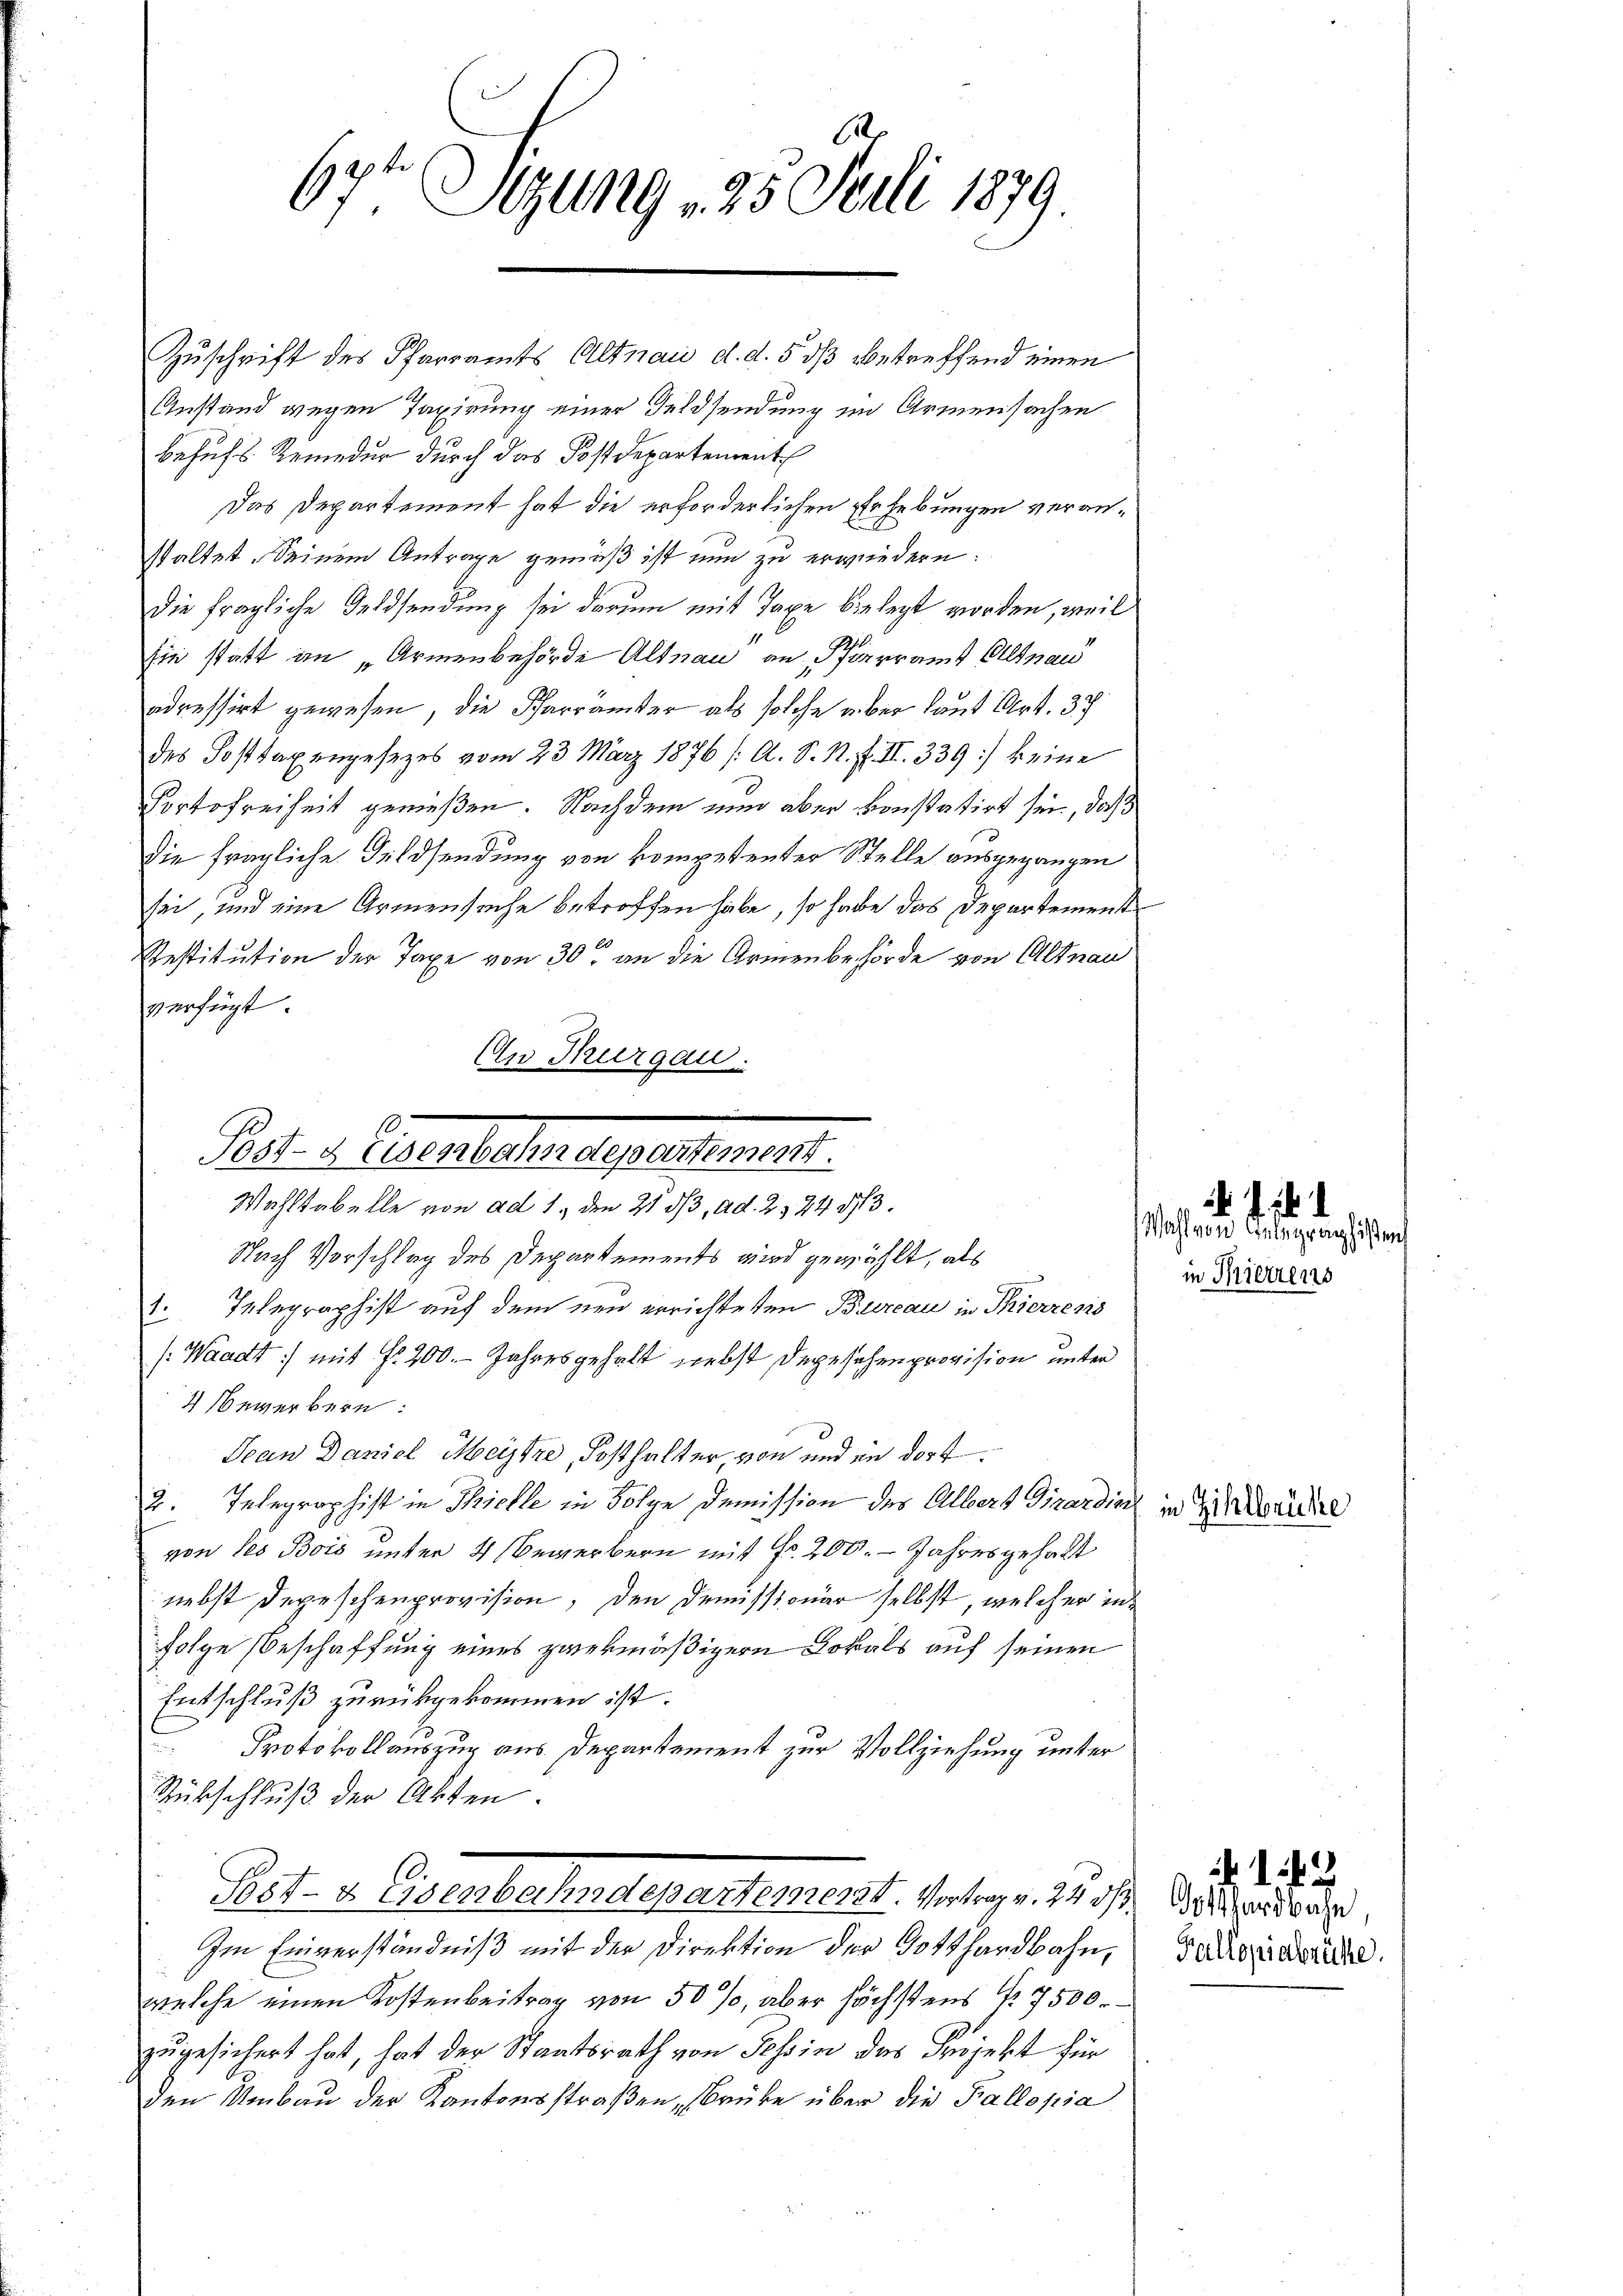
67ten Sitzung 25. Juli 1879.

Zuschrift des Pfarramts Altnau d. d. 5 dß betreffend einen
Anstand wegen Taxirung einer Feldsendung im Armensachen
behufs Remedur durch das Postdepartement
Das Departement hat die erforderlichen Erhebungen veranstaltet. Seinem Antrage gemäß ist nun zu erwiedern:
die fragliche Geldsendung sei darum mit Taxe belegt worden, weil
Ein statt in „Armenbehörde Altnau an Pfarramt Altnau
adressirt gewesen, die Pfarrämter als solche über laut Art. 37
des Posttaxengesezes vom 23. März 1876 /A. S. N. F. II. 339) keine
Portofreiheit genießen. Nachdem nun aber konstatirt sei, daß
Die fragliche Geldsendung von kompetenter Stelle ausgegangen
sei, und eine Armensache betroffen habe, so habe das Departement
A
Restitution der Taxe von 30. an die Armenbehörde von Altnau
verfügt:
An Thurgau.

1. Telegraphist auf dem neu errichteten Bureau in Thierzens
(Waadt :/ mit Fr. 200. Jahresgehalt nebst Degesehenprovision unter
4 Bewerkern:
Jean Daniel Meistre, Posthalter, von und in dort¬
2. Telegraphist in Thielle in Folge Demission des Albert Girardin in Zürich
von des Bois unter 4 Bewerbern mit Fr. 200. - Jahresgehalt
nebst Depeschenprovision, den Demissionär selbst, welcher in¬
Folge Beschaffung eines zwekmäßigern Lokals auf seinen
Entschluß zurückgekommen ist.
Protokollauszug aus Departement zur Vollziehung unter
Rückschluß der Akten.
Post- & Eisenbahndepartement. Vortrag v. 24 d
Im Einverständniß mit der Direktion der Gotthardbahn,
welche einen Kostenbeitrag von 50 %, aber höchstens No 7500.
zugesichert hat, hat der Staatsrath von Tessin des Injekt für
den Umbau der Kantonsstraßen, Brüke über die Fallopia

e
s
Post- & Eisenbahndepartement.
Wahltabelle von ad 1., den 21 d/3, ad 2,24 53.
Nach Vorschlag des Departements wird gewählt, als

¬

Wahl von Anlegraphisten
in Pierrens

. 1. 42
otthardbahn,
Kallopiabrüche.